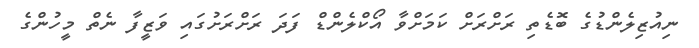
ނިއުޒިލެންޑުގެ ބޮޑެތި ރަށްރަށް ކަމަށްވާ އޯކްލެންޑް ފަދަ ރަށްރަށުގައި ވަޒީފާ ނެތް މީހުންގެ